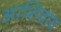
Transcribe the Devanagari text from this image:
आशिवाय